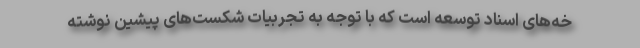
خه‌های اسناد توسعه است که با توجه به تجربیات شکست‌های پیشین نوشته